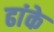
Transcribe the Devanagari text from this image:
ढांके